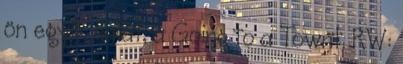
ön egyik dalát, a Going to a Townt. RW: